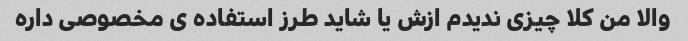
والا من کلا چیزی ندیدم ازش یا شاید طرز استفاده ی مخصوصی داره